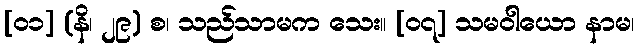
[၀၁] (နိ၊ ၂၉) စ၊ သည်သာမက သေး။ [၀၇] သမဝါယော နာမ၊